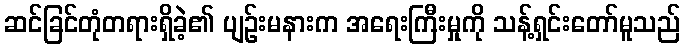
ဆင်ခြင်တုံတရားရှိခဲ့၏ ပျဉ်းမနားက အရေးကြီးမှုကို သန့်ရှင်းတော်မူသည်